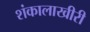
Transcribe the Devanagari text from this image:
शंकालाखीरी